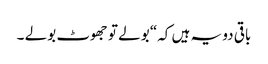
باقی دو یہ ہیں کہ“ بولے تو جھوٹ بولے ۔